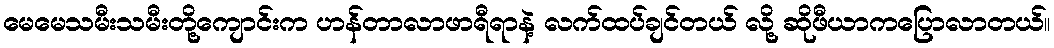
မေမေသမီးသမီးတို့ကျောင်းက ဟန်တာလာဖာရီရာနဲ့ လက်ထပ်ချင်တယ် လို့ ဆိုဖီယာကပြောလာတယ်။